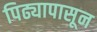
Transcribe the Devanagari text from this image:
पिढ्यापासून